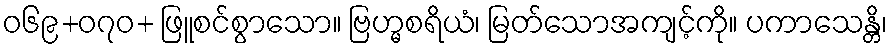
ဝ၆၉+၀၇ဝ+ ဖြူစင်စွာသော။ ဗြဟ္မစရိယံ၊ မြတ်သောအကျင့်ကို။ ပကာသေန္တိ၊